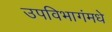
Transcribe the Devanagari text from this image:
उपविभागंमधे